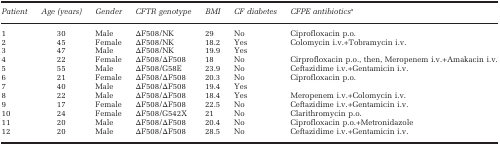
<table><thead><tr><td><b><i>Patient</i></b></td><td><b><i>Age (years)</i></b></td><td><b><i>Gender</i></b></td><td><b><i>CFTR genotype</i></b></td><td><b><i>BMI</i></b></td><td><b><i>CF diabetes</i></b></td><td><b><i>CFPE antibiotics</i>a</b></td></tr></thead><tbody><tr><td>1</td><td>30</td><td>Male</td><td>ΔF508/NK</td><td>29</td><td>No</td><td>Ciprofloxacin p.o.</td></tr><tr><td>2</td><td>45</td><td>Female</td><td>ΔF508/NK</td><td>18.2</td><td>Yes</td><td>Colomycin i.v.+Tobramycin i.v.</td></tr><tr><td>3</td><td>47</td><td>Male</td><td>ΔF508/NK</td><td>19.9</td><td>Yes</td><td> </td></tr><tr><td>4</td><td>22</td><td>Female</td><td>ΔF508/ΔF508</td><td>18</td><td>No</td><td>Cirprofloxacin p.o., then, Meropenem i.v.+Amakacin i.v.</td></tr><tr><td>5</td><td>55</td><td>Male</td><td>ΔF508/G58E</td><td>23.9</td><td>No</td><td>Ceftazidime i.v.+Gentamicin i.v.</td></tr><tr><td>6</td><td>21</td><td>Female</td><td>ΔF508/ΔF508</td><td>20.3</td><td>No</td><td>Ciprofloxacin p.o.</td></tr><tr><td>7</td><td>40</td><td>Male</td><td>ΔF508/ΔF508</td><td>19.4</td><td>Yes</td><td> </td></tr><tr><td>8</td><td>22</td><td>Male</td><td>ΔF508/ΔF508</td><td>18.4</td><td>Yes</td><td>Meropenem i.v.+Colomycin i.v.</td></tr><tr><td>9</td><td>17</td><td>Female</td><td>ΔF508/ΔF508</td><td>22.5</td><td>No</td><td>Ceftazidime i.v.+Gentamicin i.v.</td></tr><tr><td>10</td><td>24</td><td>Female</td><td>ΔF508/G542X</td><td>21</td><td>No</td><td>Clarithromycin p.o.</td></tr><tr><td>11</td><td>20</td><td>Male</td><td>ΔF508/ΔF508</td><td>20.4</td><td>No</td><td>Ciprofloxacin p.o.+Metronidazole</td></tr><tr><td>12</td><td>20</td><td>Male</td><td>ΔF508/ΔF508</td><td>28.5</td><td>No</td><td>Ceftazidime i.v.+Gentamicin i.v.</td></tr></tbody></table>